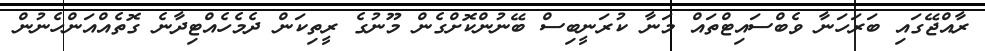
ރާއްޖޭގައި ބަރަހަނާ ވެބްސައިޓްތައް މަނާ ކުރަނީބިސް ބޭނުންކޮށްގެން މޫނުގެ ރީތިކަން ދެމެހެއްޓިދާނެ ގޮތެއްއަންހެނުން